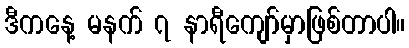
ဒီကနေ့ မနက် ၇ နာရီကျော်မှာဖြစ်တာပါ။